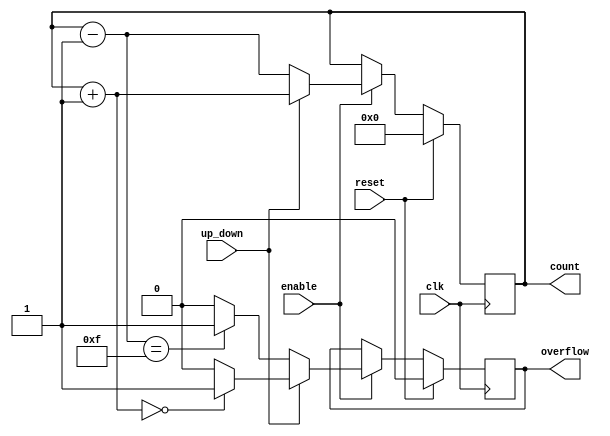
module synchronous_counter #(
    parameter WIDTH = 4 // Bit width of the counter
)(
    input wire clk,           // Clock signal
    input wire reset,         // Synchronous reset
    input wire enable,        // Enable signal
    input wire up_down,       // Up/Down control signal: 1 for up, 0 for down
    output reg [WIDTH-1:0] count, // Counter output
    output reg overflow       // Overflow indicator
);

    // Internal signal to hold next count value
    reg [WIDTH-1:0] next_count;

    always @(posedge clk) begin
        if (reset) begin
            count <= 0; // Reset the counter to zero
            overflow <= 0; // Clear overflow on reset
        end else if (enable) begin
            // Determine next state based on counting direction
            if (up_down) begin
                next_count = count + 1; // Increment count
                if (next_count == 0) begin
                    overflow <= 1; // Set overflow flag
                end else begin
                    overflow <= 0; // Clear overflow flag
                end
            end else begin
                next_count = count - 1; // Decrement count
                if (next_count == {WIDTH{1'b1}}) begin
                    overflow <= 1; // Set overflow flag on underflow
                end else begin
                    overflow <= 0; // Clear overflow flag
                end
            end
            count <= next_count; // Update count
        end
    end

endmodule